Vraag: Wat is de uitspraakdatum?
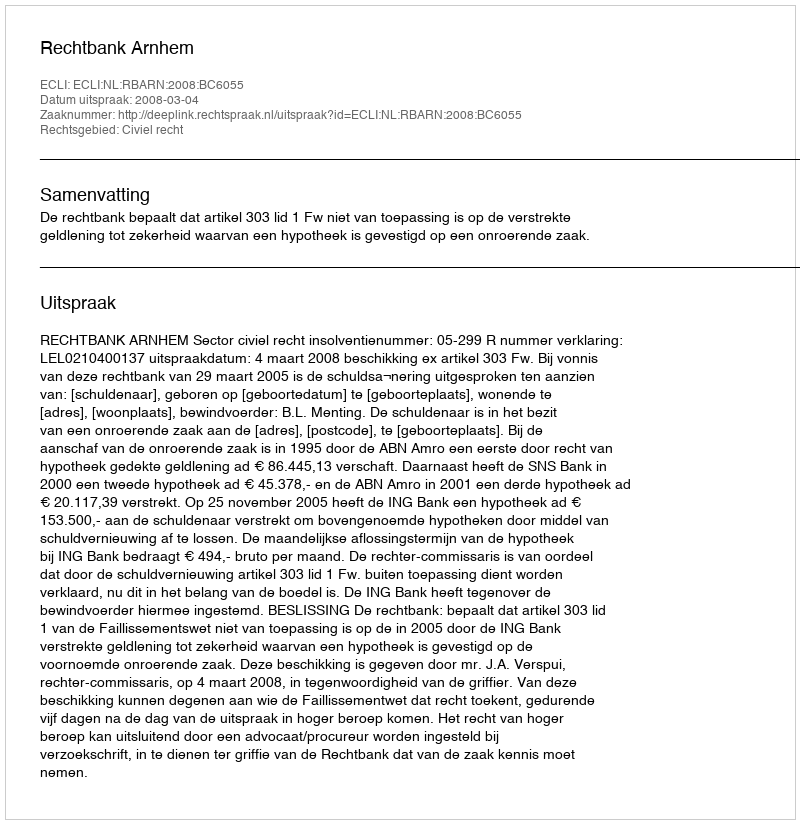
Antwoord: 2008-03-04